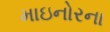
માઇનોરના